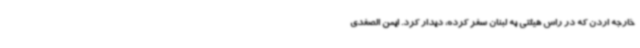
خارجه اردن که در راس هیئتی به لبنان سفر کرده، دیدار کرد. ایمن الصفدی